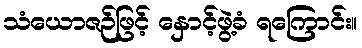
သံယောဇဉ်ဖြင့် နှောင့်ဖွဲ့ခံ ရကြောင်း။